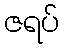
ဇရပ်